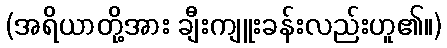
(အရိယာတို့အား ချီးကျူးခန်းလည်းဟူ၏။)